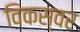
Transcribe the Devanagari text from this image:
विकस्वर